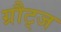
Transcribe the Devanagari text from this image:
ग्रौट्ज